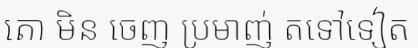
តោ មិន ចេញ ប្រមាញ់ តទៅទៀត